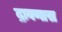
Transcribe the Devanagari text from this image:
द्रावणास